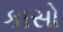
કાસો